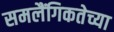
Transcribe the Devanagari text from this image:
समलैंगिकतेच्या